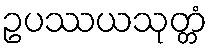
ဥပဿယသုတ္တံ